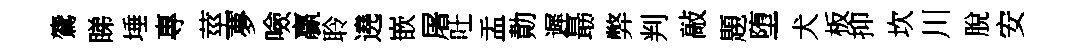
鷟睇埵專莖夢噞贏聆遶嵌屠吐盂勣遲朂弊判敲題堕犬板抑坎川脫安